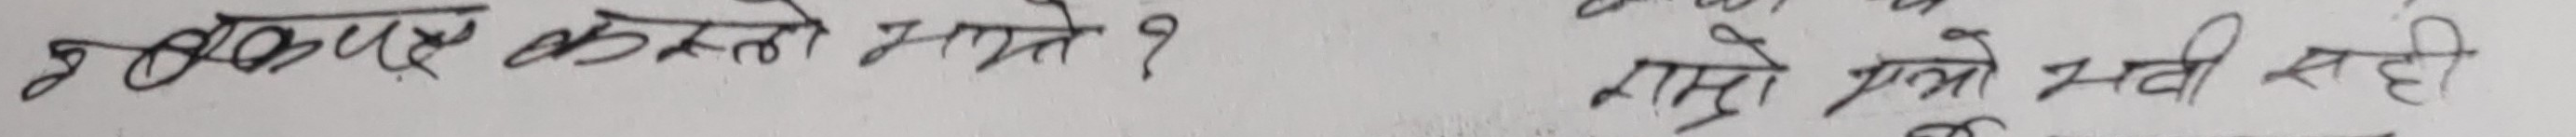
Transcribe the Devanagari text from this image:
म काउण्ट कस्तो मान्छे ?